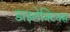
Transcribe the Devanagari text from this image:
डाइलेक्टिक्स